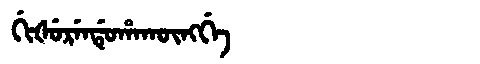
Manchu: ᡤᡳᡧᡠᡵᡝᠨᡩᡠᡥᠠᡴᡡᠩᡤᡝ
Romanization: GIŠURENDUHAKŪNGGE